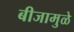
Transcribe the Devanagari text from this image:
बीजामुळे